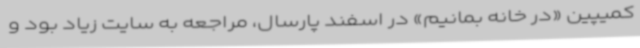
کمیپین «در خانه بمانیم» در اسفند پارسال، مراجعه به سایت زیاد بود و